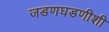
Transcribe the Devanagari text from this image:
जडणघडणीशी